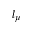
l _ { \mu }